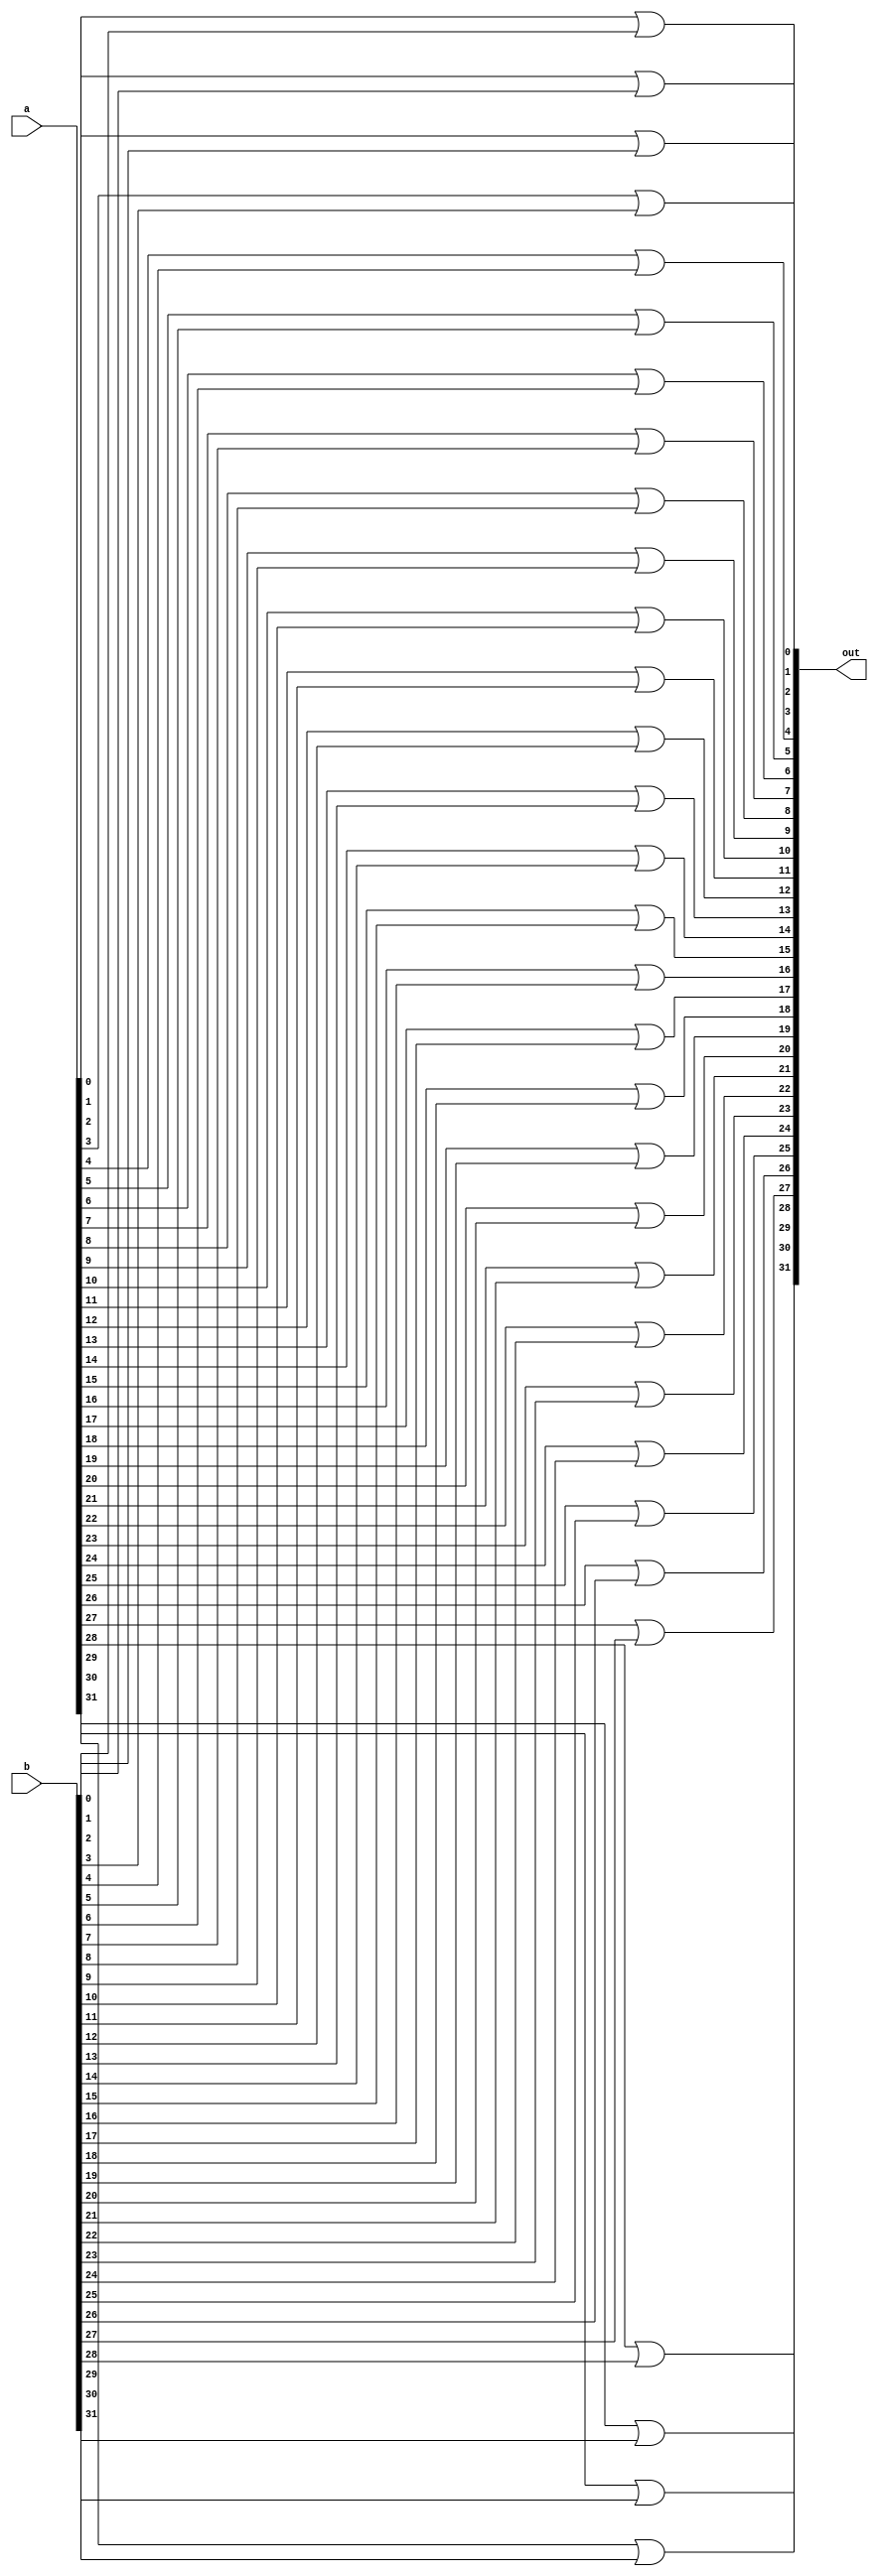
module or32(
out,
a,
b
);
	//output
	output [31:0] out;
	//input
	input [31:0] a;
	input [31:0] b;

	wire [31:0] out;
	wire [31:0] a;
	wire [31:0] b;


	or(out[0],a[0],b[0]);
	or(out[1],a[1],b[1]);
	or(out[2],a[2],b[2]);
	or(out[3],a[3],b[3]);
	or(out[4],a[4],b[4]);
	or(out[5],a[5],b[5]);
	or(out[6],a[6],b[6]);
	or(out[7],a[7],b[7]);
	or(out[8],a[8],b[8]);
	or(out[9],a[9],b[9]);
	or(out[10],a[10],b[10]);
	or(out[11],a[11],b[11]);
	or(out[12],a[12],b[12]);
	or(out[13],a[13],b[13]);
	or(out[14],a[14],b[14]);
	or(out[15],a[15],b[15]);
	or(out[16],a[16],b[16]);
	or(out[17],a[17],b[17]);
	or(out[18],a[18],b[18]);
	or(out[19],a[19],b[19]);
	or(out[20],a[20],b[20]);
	or(out[21],a[21],b[21]);
	or(out[22],a[22],b[22]);
	or(out[23],a[23],b[23]);
	or(out[24],a[24],b[24]);
	or(out[25],a[25],b[25]);
	or(out[26],a[26],b[26]);
	or(out[27],a[27],b[27]);
	or(out[28],a[28],b[28]);
	or(out[29],a[29],b[29]);
	or(out[30],a[30],b[30]);
	or(out[31],a[31],b[31]);

endmodule